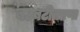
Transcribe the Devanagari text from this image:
बटबटीतपणा